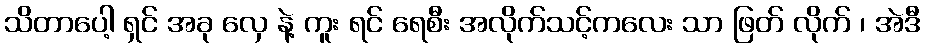
သိတာပေါ့ ရှင် အခု လှေ နဲ့ ကူး ရင် ရေစီး အလိုက်သင့်ကလေး သာ ဖြတ် လိုက် ၊ အဲဒီ